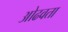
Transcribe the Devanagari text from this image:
ओढवता